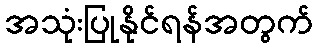
အသုံးပြုနိုင်ရန်အတွက်